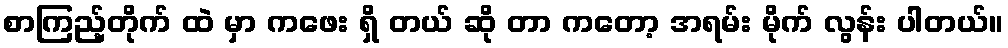
စာကြည့်တိုက် ထဲ မှာ ကဖေး ရှိ တယ် ဆို တာ ကတော့ အရမ်း မိုက် လွန်း ပါတယ်။